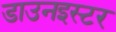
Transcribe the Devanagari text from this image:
डाउनइस्टर